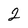
Character: 2